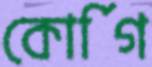
কোর্গি